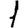
Digit: 1